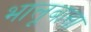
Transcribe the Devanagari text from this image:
भालूबासा